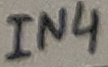
Text: IN4